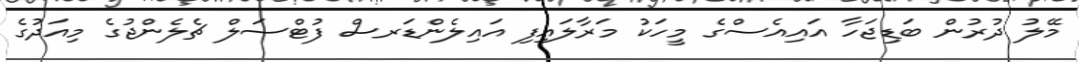
މޭލު ދުރުން ބަޑިޖަހާ އައިއެސްގެ މީހަކު މަރާލައިފި އައިލެންޑަރސް ފުޓްސަލް ޗެލެންޖުގެ މިއަދުގެ